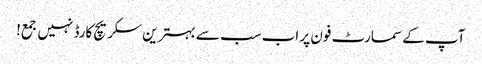
آپ کے سمارٹ فون پر اب سب سے بہترین سکریچ کارڈ نہیں جمع!